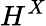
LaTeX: H^{X}